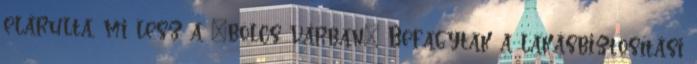
elárulta, mi lesz a "bölcs várban" Befagytak a lakásbiztosítási